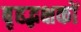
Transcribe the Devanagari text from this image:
बृहद्भक्षकों